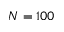
N = 1 0 0